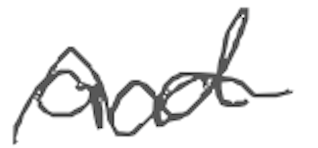
Text: and
Cross-out: wave
Writing tool: digital_gray